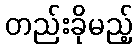
တည်းခိုမည့်